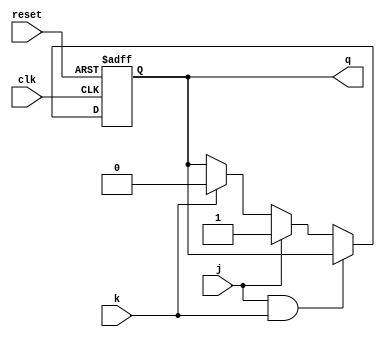
module dff_posedge_jk (
  input wire j,            // input J
  input wire k,            // input K
  input wire reset,        // asynchronous reset input
  input wire clk,          // clock input

  output reg q             // output Q
);

  always @(posedge clk or posedge reset) begin
    if (reset) begin
      q <= 1'b0;           // reset output to 0
    end else begin
      if (j && k) begin
        q <= q;            // hold previous state
      end else if (j) begin
        q <= 1'b1;         // set output to 1
      end else if (k) begin
        q <= 1'b0;         // reset output to 0
      end
    end
  end

endmodule